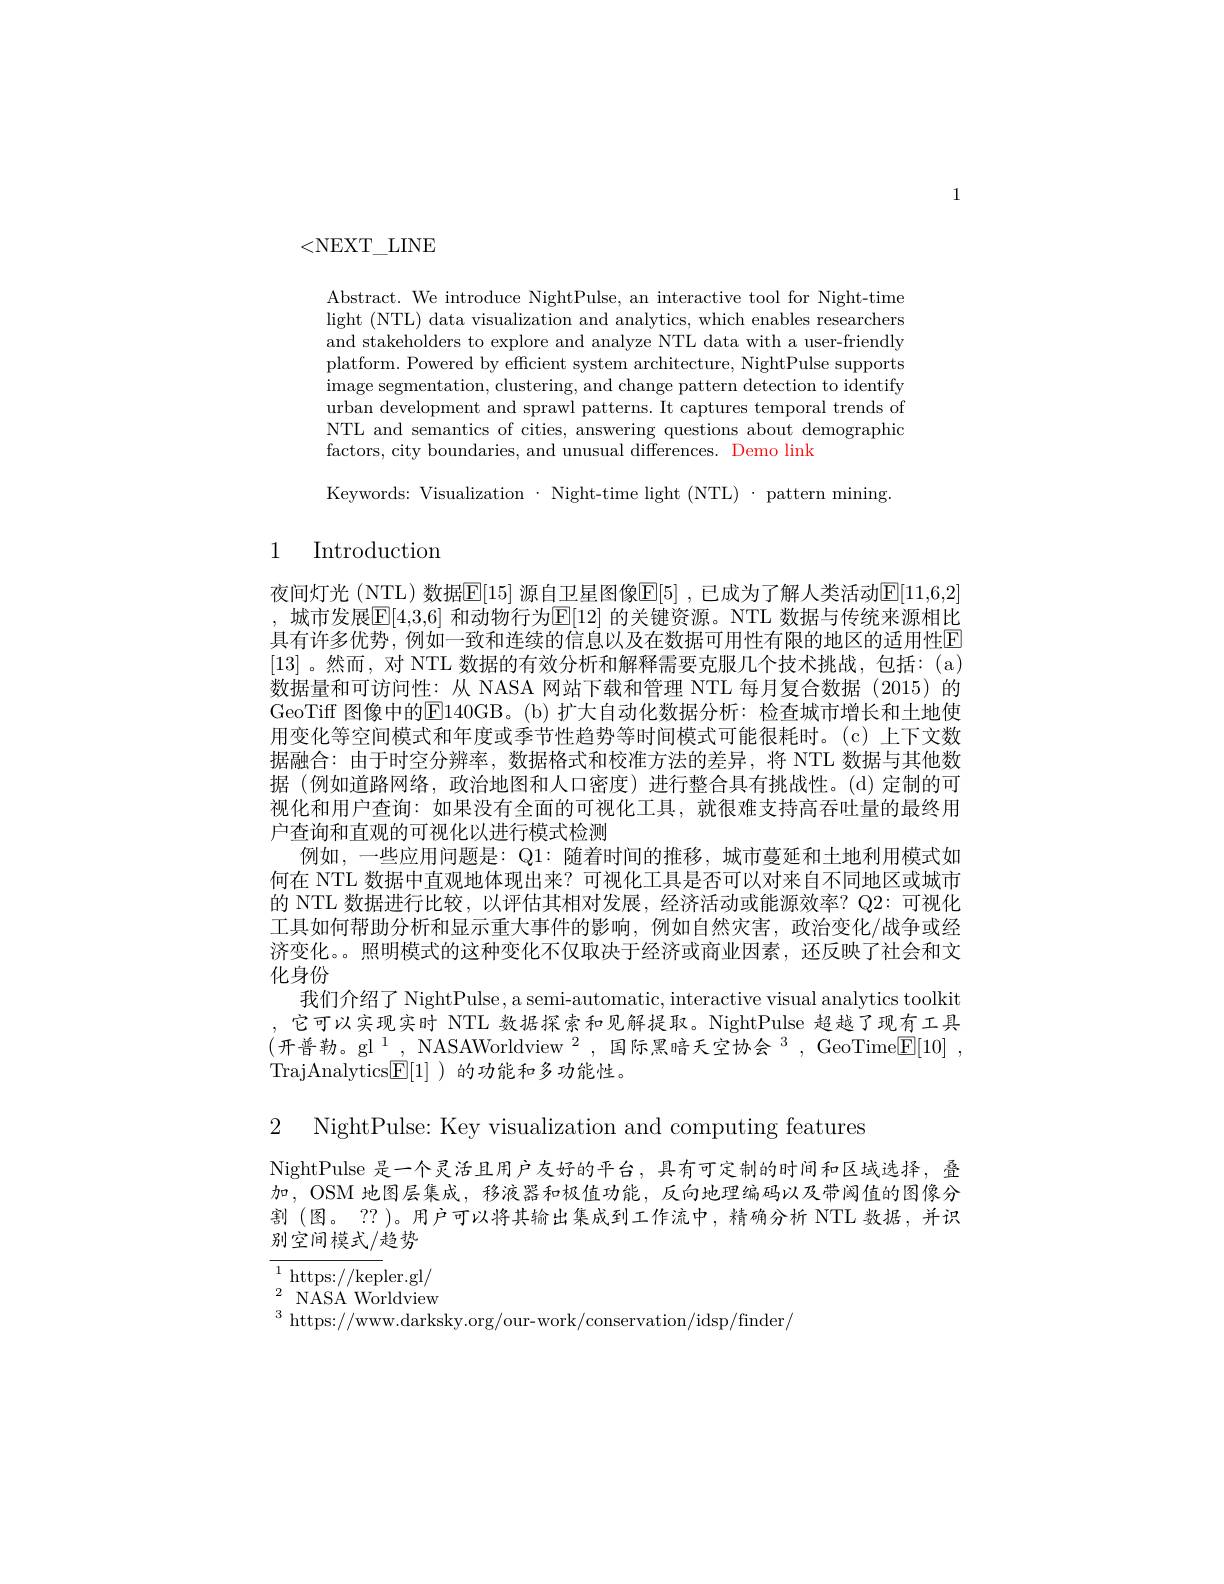
1

<NEXT\_LINE

Abstract. We introduce NightPulse, an interactive tool for Night-time light (NTL) data visualization and analytics, which enables researchers and stakeholders to explore and analyze NTL data with a user-friendly platform. Powered by effcient system architecture, NightPulse supports image segmentation, clustering, and change pattern detection to identify urban development and sprawl patterns. It captures temporal trends of NTL and semantics of cities, answering questions about demographic factors, city boundaries, and unusual differences. Demo link

Keywords: Visualization $\cdot$ Night-time light (NTL)$\cdot$ pattern mining

## 1 Introduction

夜间灯光(NTL)数据$\mathbb{E}[15]$ 源自卫星图像$\mathbb{E}[5]$ ,已成为了解人类活动$\mathbb{E}[11,6,2]$ ,城市发展$\mathbb{E}[4,3,6]$ 和动物行为$\mathbb{E}[12]$ 的关键资源。NTL 数据与传统来源相比具有许多优势，例如一致和连续的信息以及在数据可用性有限的地区的适用性E [13]。然而，对 NTL 数据的有效分析和解释需要克服几个技术挑战，包括：(a) 数据量和可访问性：从 NASA 网站下载和管理 NTL 每月复合数据(2015)的GeoTiff 图像中的$\overline{\mathrm{E}}$140GB。(b)扩大自动化数据分析：检查城市增长和土地使用变化等空间模式和年度或季节性趋势等时间模式可能很耗时。(c)上下文数据融合：由于时空分辨率，数据格式和校准方法的差异，将 NTL 数据与其他数据(例如道路网络，政治地图和人口密度)进行整合具有挑战性。(d)定制的可视化和用户查询：如果没有全面的可视化工具，就很难支持高吞吐量的最终用户查询和直观的可视化以进行模式检测
例如，一些应用问题是：Q1: 随着时间的推移，城市蔓延和土地利用模式如何在 NTL 数据中直观地体现出来？可视化工具是否可以对来自不同地区或城市的 NTL 数据进行比较，以评估其相对发展，经济活动或能源效率？Q2: 可视化工具如何帮助分析和显示重大事件的影响，例如自然灾害，政治变化/战争或经济变化。。照明模式的这种变化不仅取决于经济或商业因素，还反映了社会和文化身份
我们介绍了 NightPulse, a semi-automatic, interactive visual analytics toolkit ,它可以实现实时 NTL 数据探索和见解提取。NightPulse 超越了现有工具(开普勒。gl$^1$, NASAWorldview$^2$, 国际黑暗天空协会 $^3$, GeoTime$\boxed{\mathbb{E}}[10]$, TrajAnalytics$\underline{\mathrm{E}}[1]$ )的功能和多功能性。

2 NightPulse: Key visualization and computing features

NightPulse 是一个灵活且用户友好的平台，具有可定制的时间和区域选择，叠加，OSM 地图层集成，移液器和极值功能，反向地理编码以及带阈值的图像分割(图。??)。用户可以将其输出集成到工作流中，精确分析 NTL 数据，并识别空间模式/趋势

${\overline{{^{1}\text{https:}//\mathrm{kep}}}}$ler.gl/

$\begin{array}{ll}{2}&{\mathrm{NASA}^{\prime}Worldview}\\\end{array}$

$^3$ https://www.darksky.org/our-work/conservation/idsp/finder/